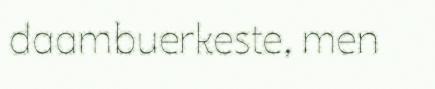
daambuerkeste, men